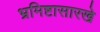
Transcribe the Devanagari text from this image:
भ्रमिष्टासारखे